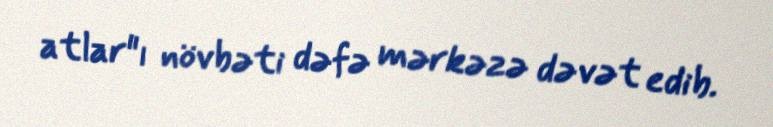
atlar"ı növbəti dəfə mərkəzə dəvət edib.